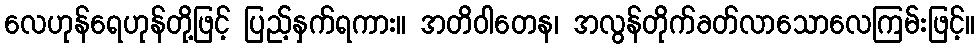
လေဟုန်ရေဟုန်တို့ဖြင့် ပြည့်နှက်ရကား။ အတိဝါတေန၊ အလွန်တိုက်ခတ်လာသောလေကြမ်းဖြင့်။